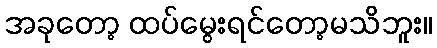
အခုတော့ ထပ်မွေးရင်တော့မသိဘူး။